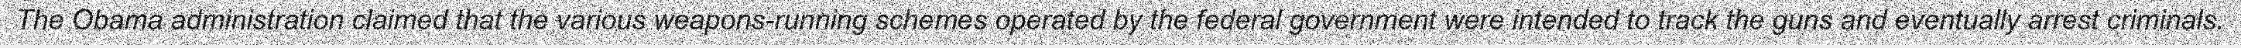
The Obama administration claimed that the various weapons-running schemes operated by the federal government were intended to track the guns and eventually arrest criminals.